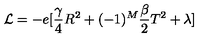
{ \cal L } = - e [ \frac { \gamma } { 4 } R ^ { 2 } + ( - 1 ) ^ { M } \frac { \beta } { 2 } T ^ { 2 } + \lambda ]